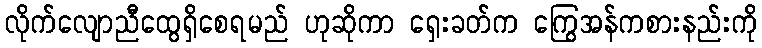
လိုက်လျောညီထွေရှိစေရမည် ဟုဆိုကာ ရှေးခတ်က ကြွေအန်ကစားနည်းကို